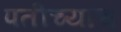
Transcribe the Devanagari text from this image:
पतीच्याच